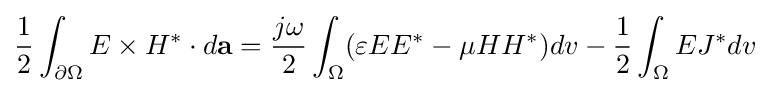
{1 \over 2}\int _{\partial \Omega }E\times H^{*}\cdot d{\mathbf {a} }={j\omega  \over 2}\int _{\Omega }(\varepsilon EE^{*}-\mu HH^{*})dv-{1 \over 2}\int _{\Omega }EJ^{*}dv